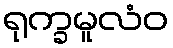
ရုက္ခမူလံဝ